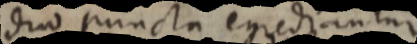
duo puncta egredantur